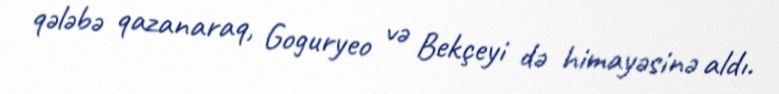
qələbə qazanaraq, Goguryeo və Bekçeyi də himayəsinə aldı.